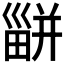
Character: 𤳊